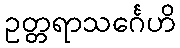
ဥတ္တရာသင်္ဂေဟိ